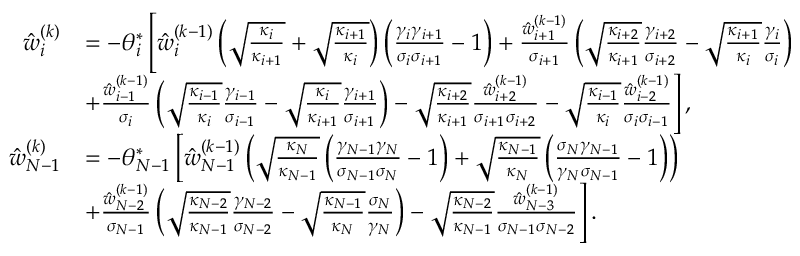
\begin{array} { r l } { \hat { w } _ { i } ^ { ( k ) } } & { = - \theta _ { i } ^ { * } \left[ \hat { w } _ { i } ^ { ( k - 1 ) } \left( \sqrt { \frac { \kappa _ { i } } { \kappa _ { i + 1 } } } + \sqrt { \frac { \kappa _ { i + 1 } } { \kappa _ { i } } } \right) \left( \frac { \gamma _ { i } \gamma _ { i + 1 } } { \sigma _ { i } \sigma _ { i + 1 } } - 1 \right) + \frac { \hat { w } _ { i + 1 } ^ { ( k - 1 ) } } { \sigma _ { i + 1 } } \left( \sqrt { \frac { \kappa _ { i + 2 } } { \kappa _ { i + 1 } } } \frac { \gamma _ { i + 2 } } { \sigma _ { i + 2 } } - \sqrt { \frac { \kappa _ { i + 1 } } { \kappa _ { i } } } \frac { \gamma _ { i } } { \sigma _ { i } } \right) \right. } \\ & { \left. \kern - \nulldelimiterspace + \frac { \hat { w } _ { i - 1 } ^ { ( k - 1 ) } } { \sigma _ { i } } \left( \sqrt { \frac { \kappa _ { i - 1 } } { \kappa _ { i } } } \frac { \gamma _ { i - 1 } } { \sigma _ { i - 1 } } - \sqrt { \frac { \kappa _ { i } } { \kappa _ { i + 1 } } } \frac { \gamma _ { i + 1 } } { \sigma _ { i + 1 } } \right) - \sqrt { \frac { \kappa _ { i + 2 } } { \kappa _ { i + 1 } } } \frac { \hat { w } _ { i + 2 } ^ { ( k - 1 ) } } { \sigma _ { i + 1 } \sigma _ { i + 2 } } - \sqrt { \frac { \kappa _ { i - 1 } } { \kappa _ { i } } } \frac { \hat { w } _ { i - 2 } ^ { ( k - 1 ) } } { \sigma _ { i } \sigma _ { i - 1 } } \right] , } \\ { \hat { w } _ { N - 1 } ^ { ( k ) } } & { = - \theta _ { N - 1 } ^ { * } \left[ \hat { w } _ { N - 1 } ^ { ( k - 1 ) } \left( \sqrt { \frac { \kappa _ { N } } { \kappa _ { N - 1 } } } \left( \frac { \gamma _ { N - 1 } \gamma _ { N } } { \sigma _ { N - 1 } \sigma _ { N } } - 1 \right) + \sqrt { \frac { \kappa _ { N - 1 } } { \kappa _ { N } } } \left( \frac { \sigma _ { N } \gamma _ { N - 1 } } { \gamma _ { N } \sigma _ { N - 1 } } - 1 \right) \right) \right. } \\ & { \left. \kern - \nulldelimiterspace + \frac { \hat { w } _ { N - 2 } ^ { ( k - 1 ) } } { \sigma _ { N - 1 } } \left( \sqrt { \frac { \kappa _ { N - 2 } } { \kappa _ { N - 1 } } } \frac { \gamma _ { N - 2 } } { \sigma _ { N - 2 } } - \sqrt { \frac { \kappa _ { N - 1 } } { \kappa _ { N } } } \frac { \sigma _ { N } } { \gamma _ { N } } \right) - \sqrt { \frac { \kappa _ { N - 2 } } { \kappa _ { N - 1 } } } \frac { \hat { w } _ { N - 3 } ^ { ( k - 1 ) } } { \sigma _ { N - 1 } \sigma _ { N - 2 } } \right] . } \end{array}